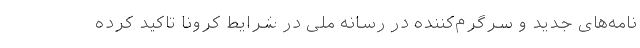
نامه‌های جدید و سرگرم‌کننده در رسانه ملی در شرایط کرونا تاکید کرده